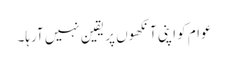
عوام کو اپنی آنکھوں پر یقین نہیں آرہا۔